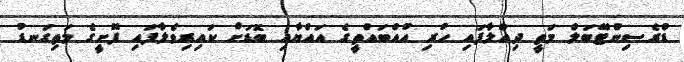
ޑްރެސިންޓޭބަލް މަތީ ދިއްލާފައި ހުރި އުއްބައްތީގެ އައްޔާއި ބޮޑަށް ކައިރިވެލާފައި ފޮށީގެ މަތިގަނޑު